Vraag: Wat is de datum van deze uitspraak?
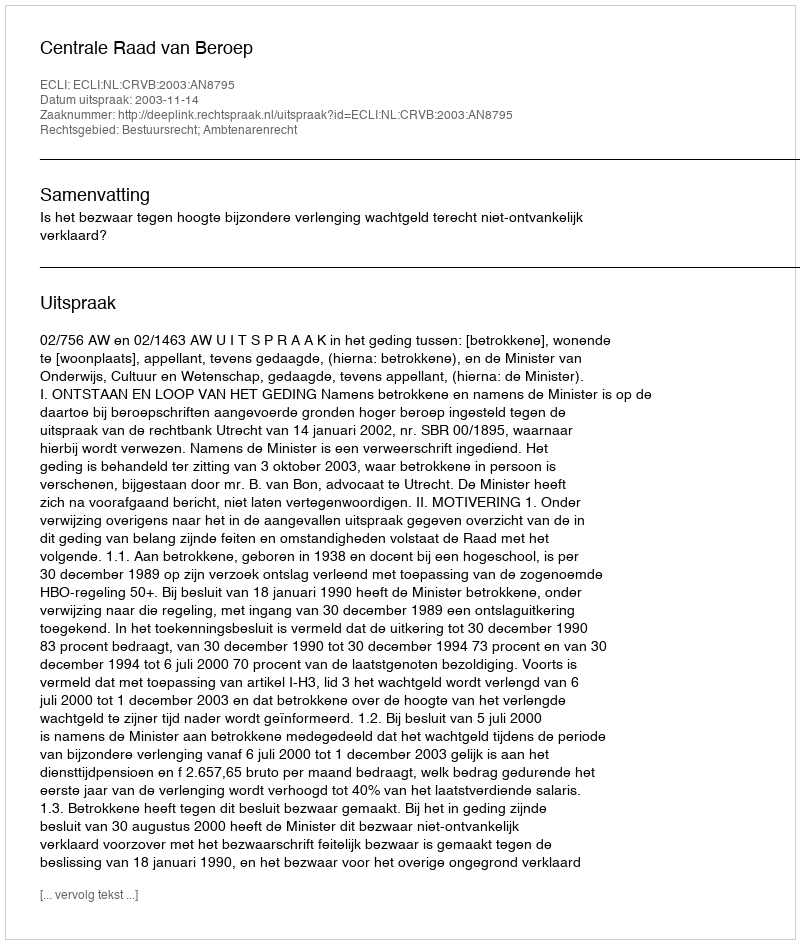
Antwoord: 2003-11-14